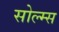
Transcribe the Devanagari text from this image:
सोल्म्स